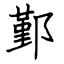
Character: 鄞